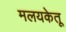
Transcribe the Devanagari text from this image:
मलयकेतू